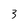
Character: 3